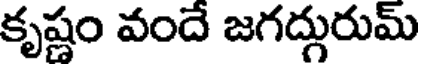
కృష్ణం వందే జగద్గురుమ్